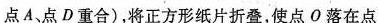
点A、点D重合)，将正方形纸片折叠，使点O落在点